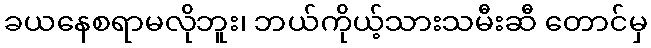
ခယနေစရာမလိုဘူး၊ ဘယ်ကိုယ့်သားသမီးဆီ တောင်မှ